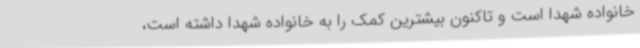
خانواده شهدا است و تاکنون بیشترین کمک را به خانواده شهدا داشته است،